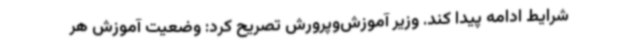
شرایط ادامه پیدا کند. وزیر آموزش‌وپرورش تصریح کرد: وضعیت آموزش هر